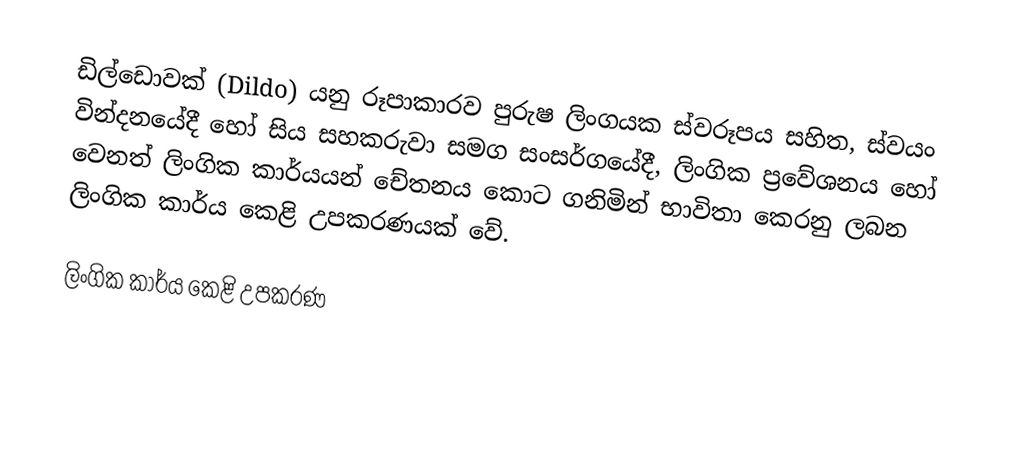
ඩිල්ඩොවක් (Dildo) යනු රූපාකාරව පුරුෂ ලිංගයක ස්වරූපය සහිත, ස්වයං වින්දනයේදී හෝ සිය සහකරුවා සමග සංසර්ගයේදී, ලිංගික ප්‍රවේශනය හෝ වෙනත් ලිංගික කාර්යයන් චේතනය කොට ගනිමින් භාවිතා කෙරනු ලබන ලිංගික කාර්ය කෙළි උපකරණයක් වේ.

ලිංගික කාර්ය කෙළි උපකරණ